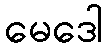
မေဒေါ